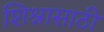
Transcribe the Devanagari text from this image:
शिश्नासाठी